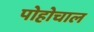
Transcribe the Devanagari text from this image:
पोहोचाल